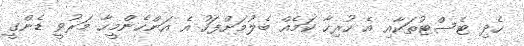
ހެދި ޓެސްޓުތަކާއި އެ ހުރިހާ ކަމެއް ބެލުމަށްފަހު އެ އަންހެންމީހާ މަރުވީ ޑެންގީ